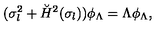
( \sigma _ { l } ^ { 2 } + \breve { H } ^ { 2 } ( \sigma _ { l } ) ) \phi _ { \Lambda } = \Lambda \phi _ { \Lambda } ,